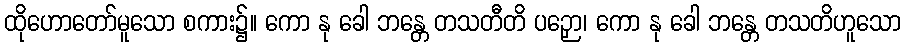
ထိုဟောတော်မူသော စကား၌။ ကော နု ခေါ ဘန္တေ တသတီတိ ပဉှော၊ ကော နု ခေါ ဘန္တေ တသတိဟူသော